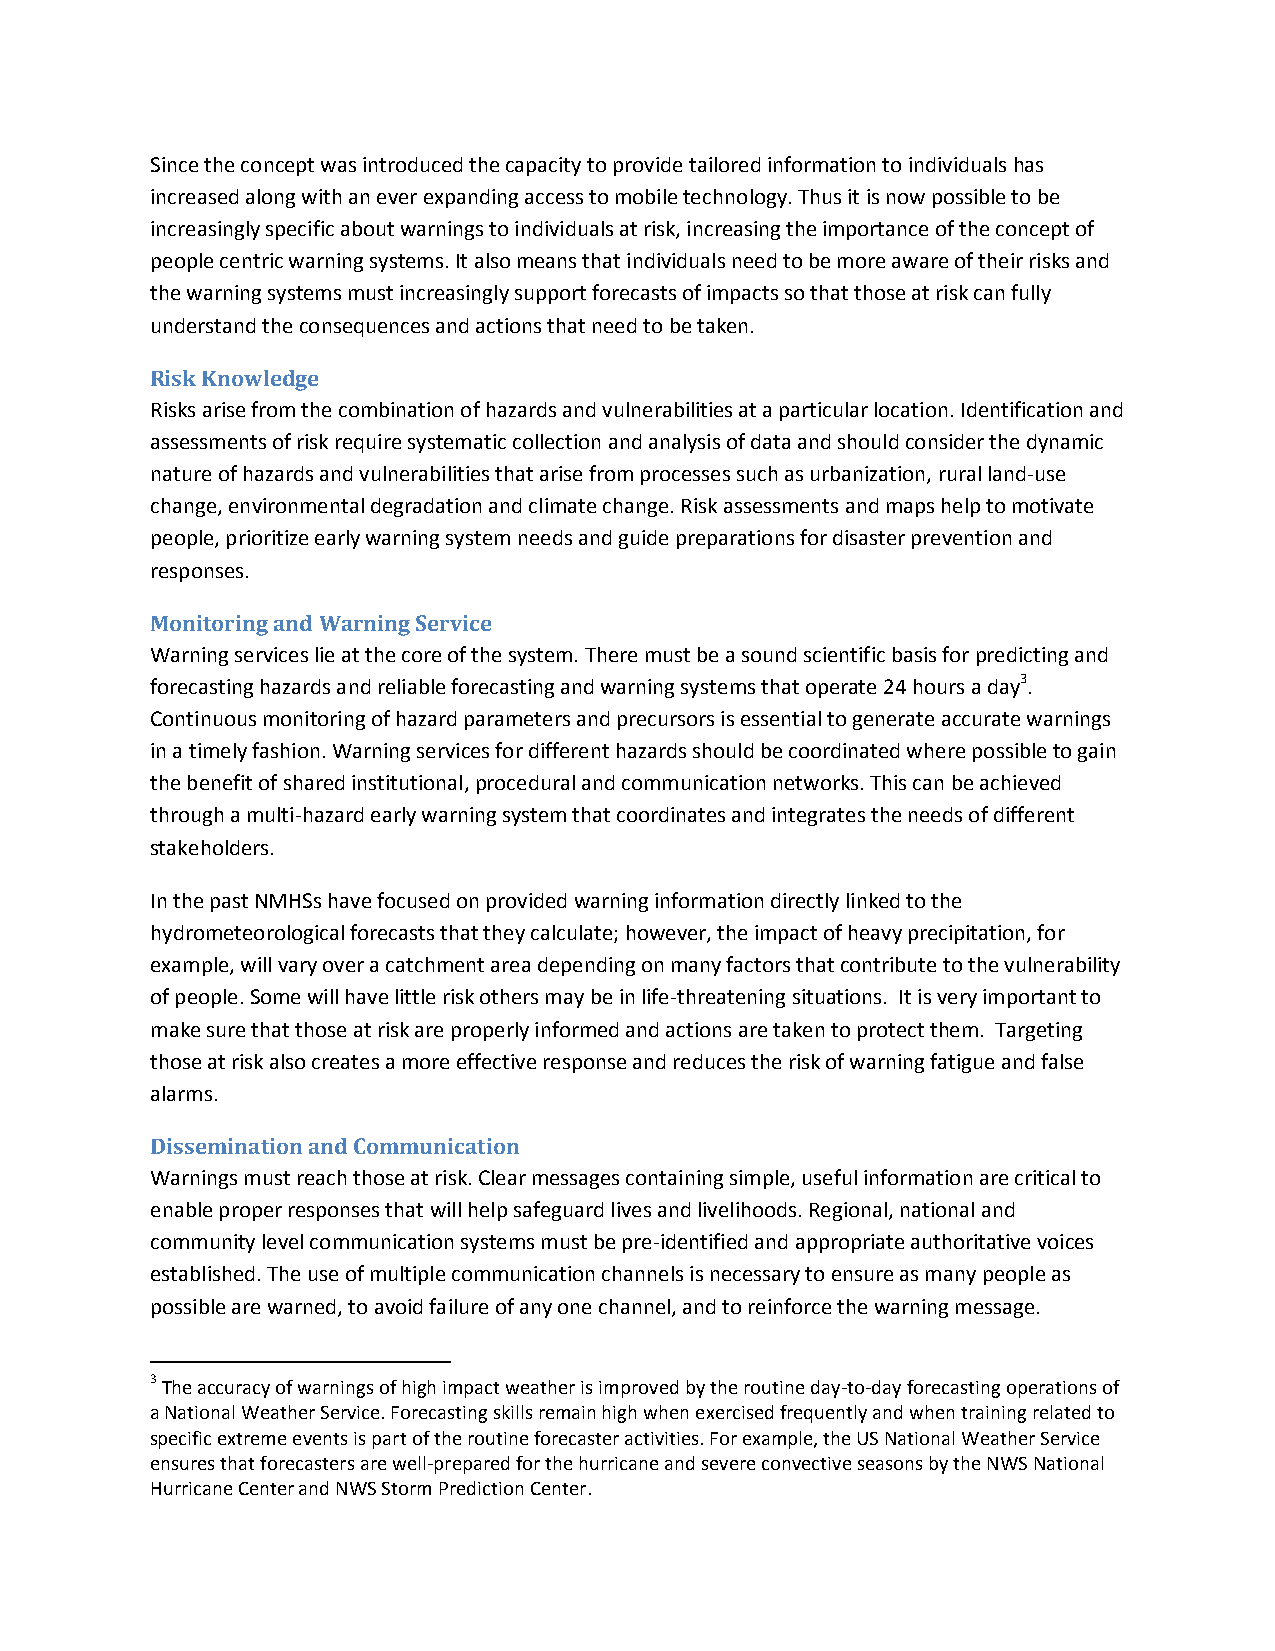
Since the concept was introduced the capacity to provide tailored information to individuals has
 increased along with an ever expanding access to mobile technology. Thus it is now possible to be
 increasingly specific about warnings to individuals at risk, increasing the importance of the concept of
 people centric warning systems. It also means that individuals need to be more aware of their risks and
 the warning systems must increasingly support forecasts of impacts so that those at risk can fully
 understand the consequences and actions that need to be taken.
 Risk Knowledge
 Risks arise from the combination of hazards and vulnerabilities at a particular location. Identification and
 assessments of risk require systematic collection and analysis of data and should consider the dynamic
 nature of hazards and vulnerabilities that arise from processes such as urbanization, rural land-use
 change, environmental degradation and climate change. Risk assessments and maps help to motivate
 people, prioritize early warning system needs and guide preparations for disaster prevention and
 responses.
 Monitoring and Warning Service
 Warning services lie at the core of the system. There must be a sound scientific basis for predicting and
 forecasting hazards and reliable forecasting and warning systems that operate 24 hours a day3.
 Continuous monitoring of hazard parameters and precursors is essential to generate accurate warnings
 in a timely fashion. Warning services for different hazards should be coordinated where possible to gain
 the benefit of shared institutional, procedural and communication networks. This can be achieved
 through a multi-hazard early warning system that coordinates and integrates the needs of different
 stakeholders.
 In the past NMHSs have focused on provided warning information directly linked to the
 hydrometeorological forecasts that they calculate; however, the impact of heavy precipitation, for
 example, will vary over a catchment area depending on many factors that contribute to the vulnerability
 of people. Some will have little risk others may be in life-threatening situations. It is very important to
 make sure that those at risk are properly informed and actions are taken to protect them. Targeting
 those at risk also creates a more effective response and reduces the risk of warning fatigue and false
 alarms.
 Dissemination and Communication
 Warnings must reach those at risk. Clear messages containing simple, useful information are critical to
 enable proper responses that will help safeguard lives and livelihoods. Regional, national and
 community level communication systems must be pre-identified and appropriate authoritative voices
 established. The use of multiple communication channels is necessary to ensure as many people as
 possible are warned, to avoid failure of any one channel, and to reinforce the warning message.
 3 The accuracy of warnings of high impact weather is improved by the routine day-to-day forecasting operations of
 a National Weather Service. Forecasting skills remain high when exercised frequently and when training related to
 specific extreme events is part of the routine forecaster activities. For example, the US National Weather Service
 ensures that forecasters are well-prepared for the hurricane and severe convective seasons by the NWS National
 Hurricane Center and NWS Storm Prediction Center.